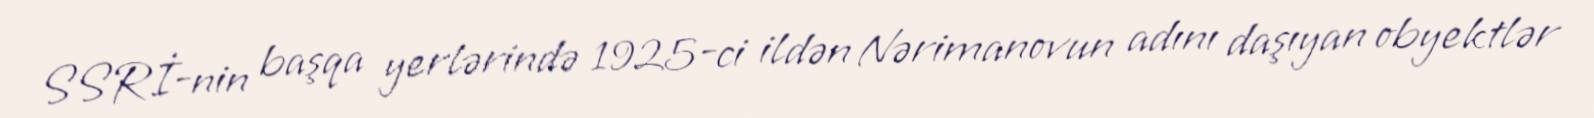
SSRİ-nin başqa yerlərində 1925-ci ildən Nərimanovun adını daşıyan obyektlər